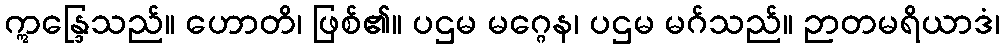
ဣန္ဒြေသည်။ ဟောတိ၊ ဖြစ်၏။ ပဌမ မဂ္ဂေန၊ ပဌမ မဂ်သည်။ ဉာတမရိယာဒံ၊